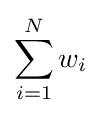
\sum _{i=1}^{N}w_{i}